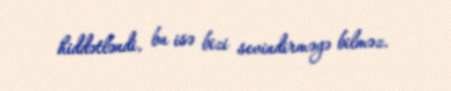
hiddətləndi, bu isə bizi sevindirməyə bilməz.